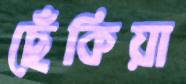
ছেঁকিয়া